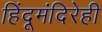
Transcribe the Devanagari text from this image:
हिंदूमंदिरेही